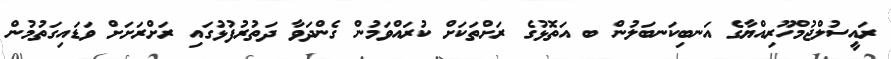
ރައީސުލްޖުމްހޫރިއްޔާގެ އަނބިކަނބަލުން ބ އަތޮޅުގެ ރަށްތަކަށް ކުރައްވަމުން ގެންދަވާ ދަތުރުފުޅުގައި ރަށްރަށަށް ވަޑައިގަތުމުން